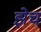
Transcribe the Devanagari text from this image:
झेच